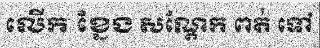
លើក ខ្នែង សណ្តែក ពត់ ទៅ